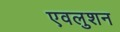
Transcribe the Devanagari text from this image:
एवलुशन